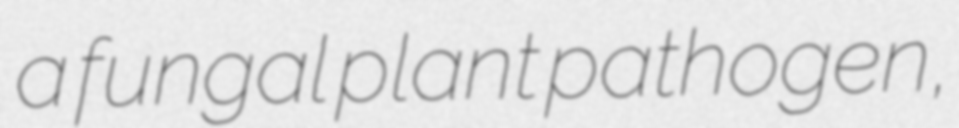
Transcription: a fungal plant pathogen,